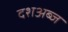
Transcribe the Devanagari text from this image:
दशअब्ज